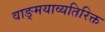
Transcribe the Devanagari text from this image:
वाङ्मयाव्यतिरिक्त